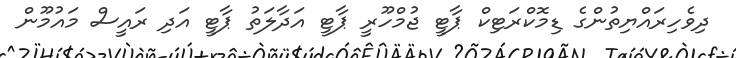
ދިވެހިރައްޔިތުންގެ ޑިމޮކްރަޓިކް ޕާޓީ ޖުމްހޫރީ ޕާޓީ އަދާލަތު ޕާޓީ އަދި ރައީސް މައުމޫން